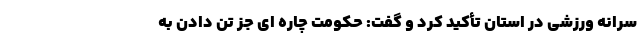
سرانه ورزشی در استان تأکید کرد و گفت: حکومت چاره ای جز تن دادن به